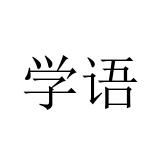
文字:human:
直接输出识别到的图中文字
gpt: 学语